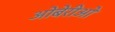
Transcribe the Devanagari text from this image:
ओबेरीओ